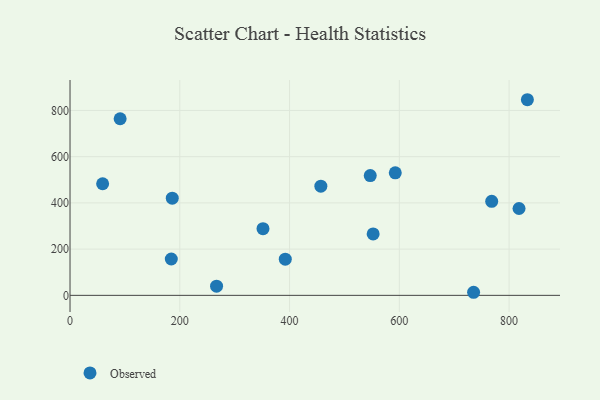
{"axis": {"x": "Engine Size", "y": "Demand"}, "legend": ["Observed"], "data": [{"x": "91.3", "y": 764.0, "type": "Observed"}, {"x": "267.0", "y": 39.5, "type": "Observed"}, {"x": "392.2", "y": 156.4, "type": "Observed"}, {"x": "351.6", "y": 288.4, "type": "Observed"}, {"x": "818.1", "y": 375.8, "type": "Observed"}, {"x": "184.5", "y": 157.2, "type": "Observed"}, {"x": "592.6", "y": 530.3, "type": "Observed"}, {"x": "552.3", "y": 265.9, "type": "Observed"}, {"x": "735.3", "y": 13.3, "type": "Observed"}, {"x": "833.3", "y": 846.4, "type": "Observed"}, {"x": "768.3", "y": 406.8, "type": "Observed"}, {"x": "186.3", "y": 420.6, "type": "Observed"}, {"x": "457.0", "y": 472.2, "type": "Observed"}, {"x": "59.4", "y": 482.9, "type": "Observed"}, {"x": "547.0", "y": 518.4, "type": "Observed"}]}